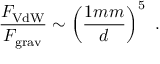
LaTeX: { \frac { F _ { \mathrm { V d W } } } { F _ { \mathrm { g r a v } } } } \sim \left( { \frac { 1 { m m } } { d } } \right) ^ { 5 } \ .